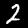
Label: 2